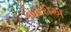
કોઠારીએ